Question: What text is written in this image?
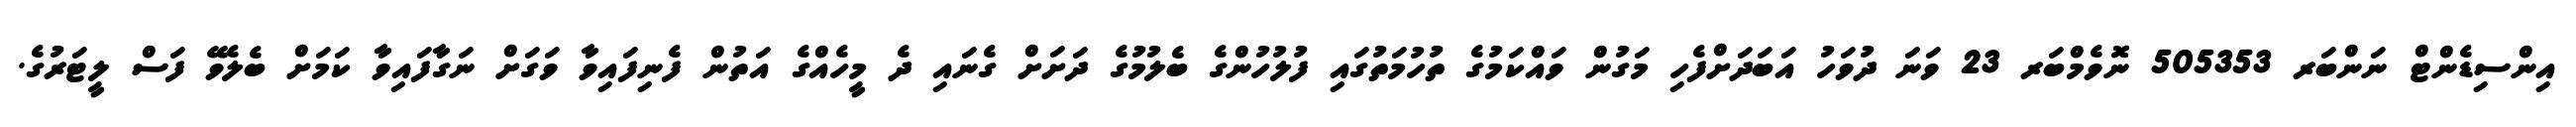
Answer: އިންސިޑެންޓް ނަންބަރ 505353 ނޮވެމްބަރ 23 ވަނަ ދުވަހު އަބަދަށްފެހި މަގުން ވައްކަމުގެ ތުހުމަތުގައި ފުލުހުންގެ ބެލުމުގެ ދަށަށް ގެނައި ދެ މީހެއްގެ އަތުން ފެނިފައިވާ ވަގަށް ނަގާފައިވާ ކަމަށް ބެލެވޭ ފަސް ލީޓަރުގެ.